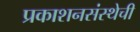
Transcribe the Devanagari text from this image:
प्रकाशनसंस्थेची